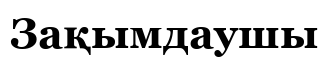
Зақымдаушы